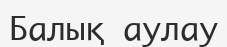
Балық аулау